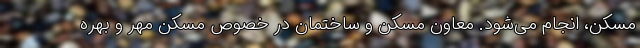
مسکن، انجام می‌شود. معاون مسکن و ساختمان در خصوص مسکن مهر و بهره